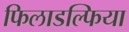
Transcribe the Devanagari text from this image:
फिलाडल्फिया